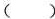
（）